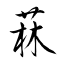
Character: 菻